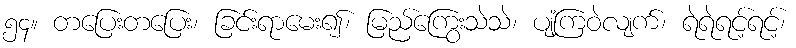
၅၄။ တပြေးတပြေး၊ ခြင်းရာမေး၍၊ မြည်ကြွေးသဲသဲ၊ ပျံ့ကြဝဲလျက်၊ ရဲရဲရင့်ရင့်၊